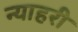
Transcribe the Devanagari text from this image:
न्याहरी